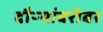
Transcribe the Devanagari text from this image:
दौऱ्यांबरोबर